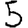
Digit: 5